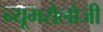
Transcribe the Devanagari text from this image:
न्यूमरोलोजी